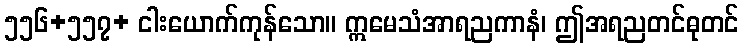
၅၅၆+၅၅၇+ ငါးယောက်ကုန်သော။ ဣမေသံအာရညကာနံ၊ ဤအရညတင်ဓုတင်